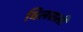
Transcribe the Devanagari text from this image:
विलसली